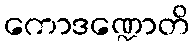
ကောဒဏ္ဍောတိ